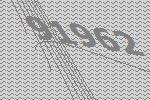
91962